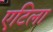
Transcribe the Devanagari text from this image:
एटिला